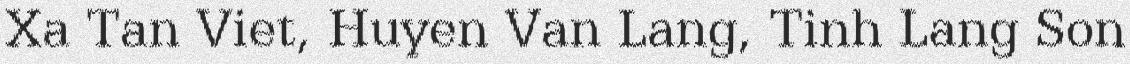
Xa Tan Viet, Huyen Van Lang, Tinh Lang Son